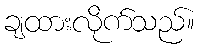
ချထားလိုက်သည်။